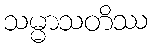
သမ္မာသတိဿ